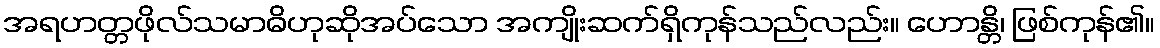
အရဟတ္တဖိုလ်သမာဓိဟုဆိုအပ်သော အကျိုးဆက်ရှိကုန်သည်လည်း။ ဟောန္တိ၊ ဖြစ်ကုန်၏။